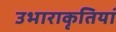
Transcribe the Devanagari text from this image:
उभाराकृतियां